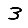
Digit: 3